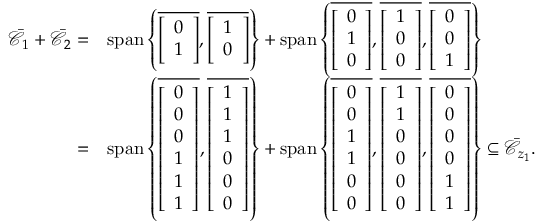
\begin{array} { r l } { \bar { \mathcal { C } } _ { 1 } + \bar { \mathcal { C } } _ { 2 } = } & { \operatorname { s p a n } \left\{ \overline { { \left[ \begin{array} { l } { 0 } \\ { 1 } \end{array} \right] } } , \overline { { \left[ \begin{array} { l } { 1 } \\ { 0 } \end{array} \right] } } \right\} + \operatorname { s p a n } \left\{ \overline { { \left[ \begin{array} { l } { 0 } \\ { 1 } \\ { 0 } \end{array} \right] } } , \overline { { \left[ \begin{array} { l } { 1 } \\ { 0 } \\ { 0 } \end{array} \right] } } , \overline { { \left[ \begin{array} { l } { 0 } \\ { 0 } \\ { 1 } \end{array} \right] } } \right\} } \\ { = } & { \operatorname { s p a n } \left\{ \overline { { \left[ \begin{array} { l } { 0 } \\ { 0 } \\ { 0 } \\ { 1 } \\ { 1 } \\ { 1 } \end{array} \right] } } , \overline { { \left[ \begin{array} { l } { 1 } \\ { 1 } \\ { 1 } \\ { 0 } \\ { 0 } \\ { 0 } \end{array} \right] } } \right\} + \operatorname { s p a n } \left\{ \overline { { \left[ \begin{array} { l } { 0 } \\ { 0 } \\ { 1 } \\ { 1 } \\ { 0 } \\ { 0 } \end{array} \right] } } , \overline { { \left[ \begin{array} { l } { 1 } \\ { 1 } \\ { 0 } \\ { 0 } \\ { 0 } \\ { 0 } \end{array} \right] } } , \overline { { \left[ \begin{array} { l } { 0 } \\ { 0 } \\ { 0 } \\ { 0 } \\ { 1 } \\ { 1 } \end{array} \right] } } \right\} \subseteq \bar { \mathcal { C } } _ { z _ { 1 } } . } \end{array}